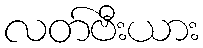
လတ်ဗီးယား